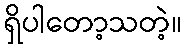
ရှိပါတော့သတဲ့။